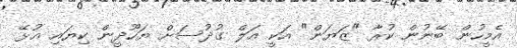
އެމީހުން ބޭނުން ކުރާ "ޒަޔަން" އަކީ އަލް ގުދުސަށް ޔަހޫދީން ކިޔައި އުޅޭ